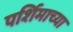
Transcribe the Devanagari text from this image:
पर्शिमाच्या